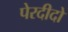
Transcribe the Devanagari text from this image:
पेरदीदो